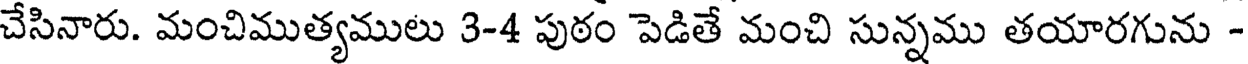
చేసినారు. మంచిముత్యములు 3-4 పుఠం పెడితే మంచి సున్నము తయారగును -